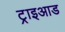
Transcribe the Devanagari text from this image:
ट्राइआड